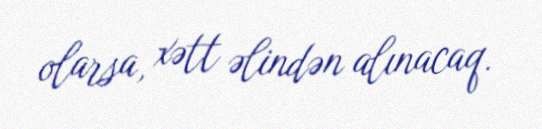
olarsa, xətt əlindən alınacaq.